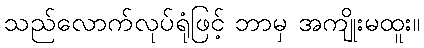
သည်လောက်လုပ်ရုံဖြင့် ဘာမှ အကျိုးမထူး။